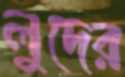
লুদের